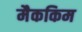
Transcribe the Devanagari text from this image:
मैककिम